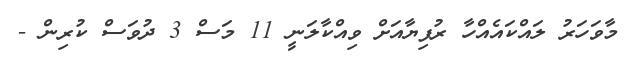
މާވަހަރު ލައްކައެއްހާ ރުފިޔާއަށް ވިއްކާލަނީ 11 މަސް 3 ދުވަސް ކުރިން -